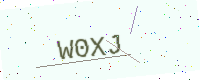
Text: W0XJ